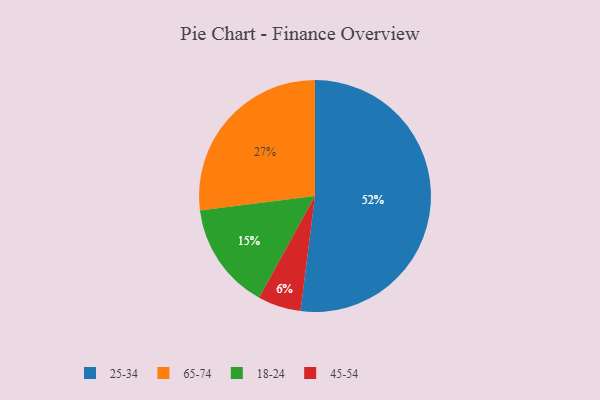
{"axis": {"x": "Category", "y": "Percentage"}, "legend": ["18-24", "25-34", "45-54", "65-74"], "data": [{"x": "45-54", "y": 6, "type": "45-54"}, {"x": "25-34", "y": 52, "type": "25-34"}, {"x": "18-24", "y": 15, "type": "18-24"}, {"x": "65-74", "y": 27, "type": "65-74"}]}